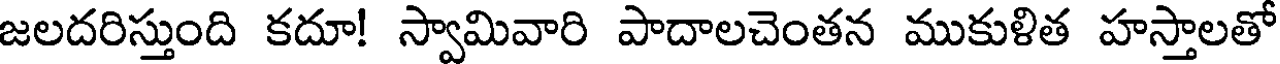
జలదరిస్తుంది కదూ! స్వామివారి పాదాలచెంతన ముకుళిత హస్తాలతో